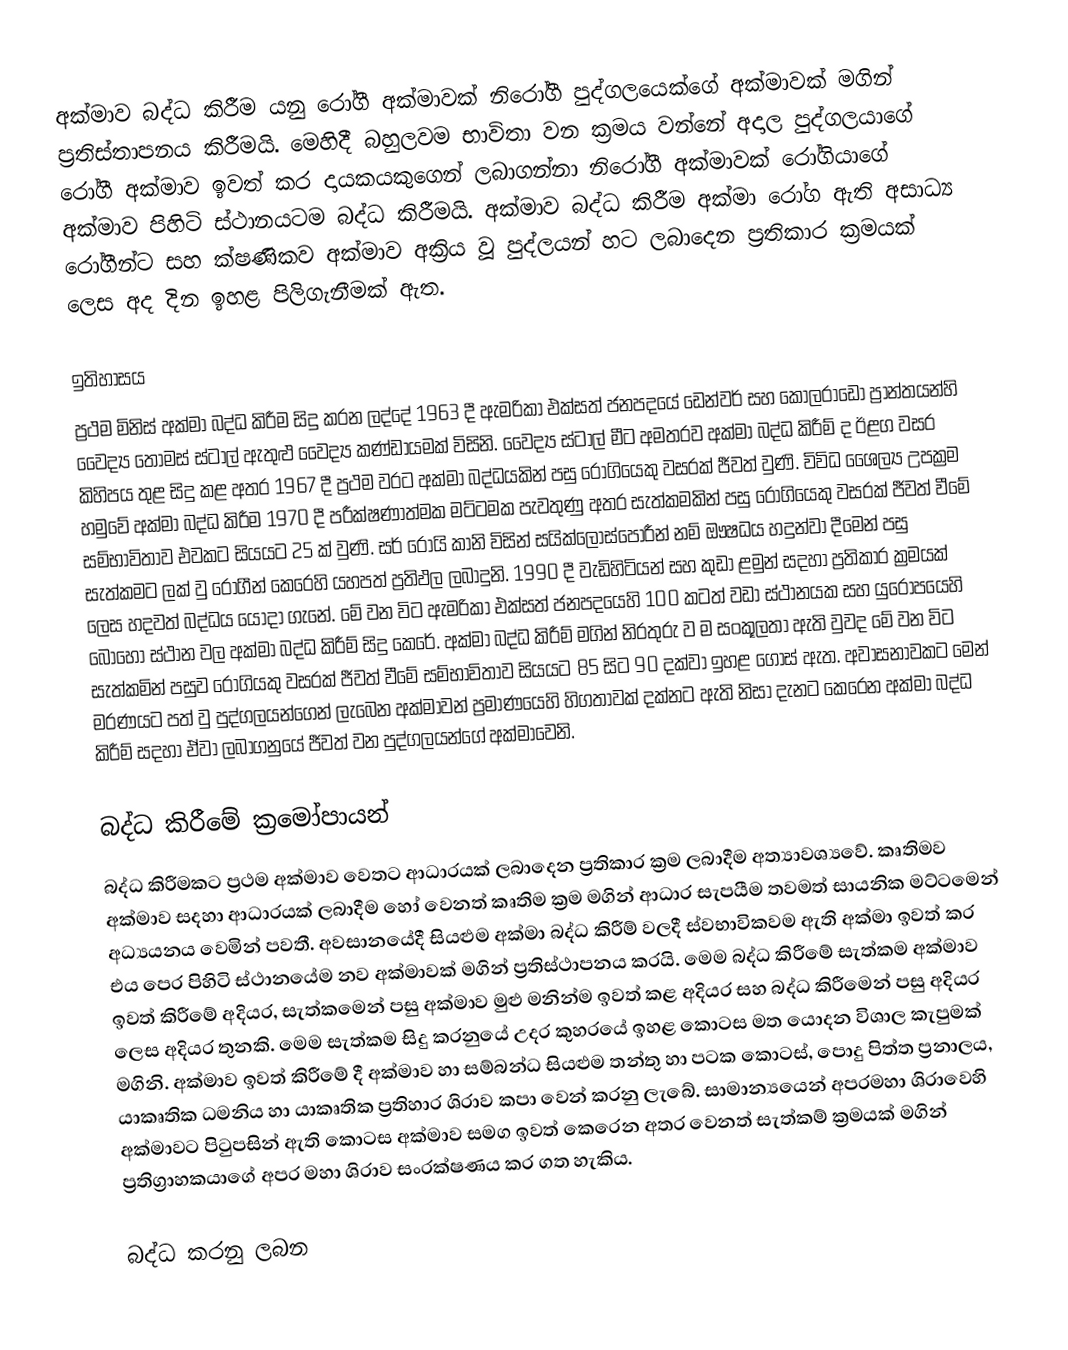
අක්මාව බද්ධ කිරීම යනු රෝගී අක්මාවක් නිරෝගී පුද්ගලයෙක්ගේ අක්මාවක් මගින් ප්‍රතිස්තාපනය කිරීමයි. මෙහිදී බහුලවම භාවිතා වන ක්‍රමය වන්නේ අදාල පුද්ගලයාගේ රෝගී අක්මාව ඉවත් කර දායකයකුගෙන් ලබාගන්නා නිරෝගී අක්මාවක් රෝගියාගේ අක්මාව පිහිටි ස්ථානයටම බද්ධ කිරීමයි. අක්මාව බද්ධ කිරීම අක්මා රෝග ඇති අසාධ්‍ය රෝගීන්ට සහ ක්ෂණිකව අක්මාව අක්‍රිය වූ පුද්ලයන් හට ලබාදෙන ප්‍රතිකාර ක්‍රමයක් ලෙස අද දින ඉහළ පිලිගැනීමක් ඇත.

ඉතිහාසය
ප්‍රථම මිනිස් අක්මා බද්ධ කිරීම සිදු කරන ලද්දේ 1963 දී ඇමරිකා එක්සත් ජනපදයේ ඩෙන්වර් සහ කොලරාඩෝ ප්‍රාන්තයන්හි වෛද්‍ය තෝමස් ස්ටාල් ඇතුළු වෛද්‍ය කණ්ඩායමක් විසිනි. වෛද්‍ය ස්ටාල් මීට අමතරව අක්මා බද්ධ කිරීම් ද ඊළග වසර කිහිපය තුළ සිදු කළ අතර 1967 දී ප්‍රථම වරට අක්මා බද්ධයකින් පසු රෝගියෙකු වසරක් ජීවත් වුණි. විවිධ ශෛල්‍ය උපක්‍රම හමුවේ අක්මා බද්ධ කිරීම 1970 දී පරීක්ෂණාත්මක මට්ටමක පැවතුණු අතර සැත්කමකින් පසු රෝගියෙකු වසරක් ජීවත් වීමේ සම්භාවිතාව එවකට සියයට 25 ක් වුණි. සර් රෝයි කානි විසින් සයික්ලොස්පොරීන් නම් ඖෂධය හදුන්වා දීමෙන් පසු සැත්කමට ලක් වු රෝගීන් කෙරෙහි යහපත් ප්‍රතිඵල ලබාදුනි. 1990 දී වැඩිහිටියන් සහ කුඩා ළමුන් සදහා ප්‍රතිකාර ක්‍රමයක් ලෙස හදවත් බද්ධය යොදා ගැනේ. මේ වන විට ඇමරිකා එක්සත් ජනපදයෙහි 100 කටත් වඩා ස්ථානයක සහ යුරෝපයෙහි බොහෝ ස්ථාන වල අක්මා බද්ධ කිරීම් සිදු කෙරේ. අක්මා බද්ධ කිරීම් මගින් නිරතුරු ව ම සංකූලතා ඇති වුවද මේ වන විට සැත්කමින් පසුව රෝගියකු වසරක් ජීවත් වීමේ සම්භාවිතාව සියයට 85 සිට 90 දක්වා ඉහළ ගොස් ඇත. අවාසනාවකට මෙන් මරණයට පත් වු පුද්ගලයන්ගෙන් ලැබෙන අක්මාවන් ප්‍රමාණයෙහි හිගතාවක් දක්නට ඇති නිසා දැනට කෙරෙන අක්මා බද්ධ කිරීම් සදහා ඒවා ලබාගනුයේ ජීවත් වන පුද්ගලයන්ගේ අක්මාවෙනි.

බද්ධ කිරීමේ ක්‍රමෝපායන්
බද්ධ කිරීමකට ප්‍රථම අක්මාව වෙතට ආධාරයක් ලබාදෙන ප්‍රතිකාර ක්‍රම ලබාදීම අත්‍යාවශ්‍යවේ. කෘතිමව අක්මාව සදහා ආධාරයක් ලබාදීම හෝ වෙනත් කෘතිම ක්‍රම මගින් ආධාර සැපයීම තවමත් සායනික මට්ටමෙන් අධ්‍යයනය වෙමින් පවතී. අවසානයේදී සියළුම අක්මා බද්ධ කිරීම් වලදී ස්වභාවිකවම ඇති අක්මා ඉවත් කර එය පෙර පිහිටි ස්ථානයේම නව අක්මාවක් මගින් ප්‍රතිස්ථාපනය කරයි. මෙම බද්ධ කිරීමේ සැත්කම අක්මාව ඉවත් කිරීමේ අදියර, සැත්කමෙන් පසු අක්මාව මුළු මනින්ම ඉවත් කළ අදියර සහ බද්ධ කිරීමෙන් පසු අදියර ‍ලෙස අදියර තුනකි. මෙම සැත්කම සිදු කරනුයේ උදර කුහරයේ ඉහළ කොටස මත යොදන විශාල කැපුමක් මගින‍ි. අක්මාව ඉවත් කිරීමේ දී අක්මාව හා සම්බන්ධ සියළුම තන්තු හා පටක කොටස්, පොදු පිත්ත ප්‍රනාලය, යාකෘතික ධමනිය හා යාකෘතික ප්‍රතිහාර ශිරාව කපා වෙන් කරනු ලැබේ. සාමාන්‍යයෙන් අපරමහා ශිරාවෙහි අක්මාවට පිටුපසින් ඇති කොටස අක්මාව සමග ඉවත් කෙරෙන අතර වෙනත් සැත්කම් ක්‍රමයක් මගින් ප්‍රතිග්‍රාහකයාගේ අපර මහා ශිරාව සංරක්ෂණය කර ගත හැකිය.

බද්ධ කරනු ලබන